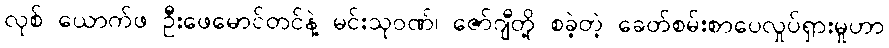
လုစ် ယောက်ဖ ဦးဖေမောင်တင်နဲ့ မင်းသုဝဏ်၊ ဇော်ဂျီတို့ စခဲ့တဲ့ ခေတ်စမ်းစာပေလှုပ်ရှားမှုဟာ